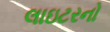
લાઇટરનો